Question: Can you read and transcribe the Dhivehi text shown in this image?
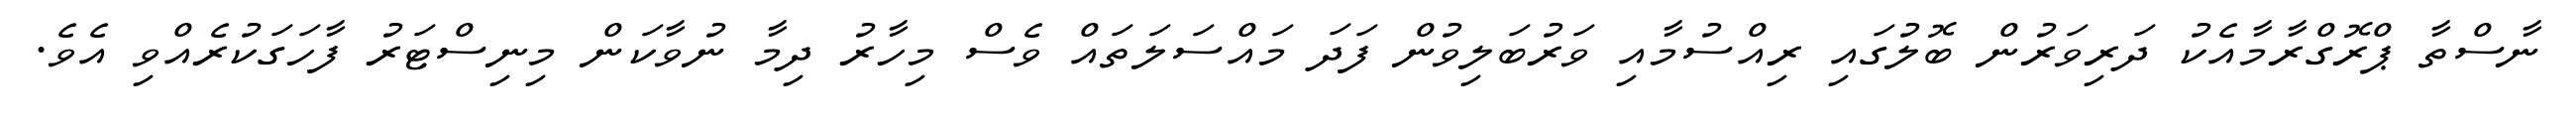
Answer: ނާސްތާ ޕްރޮގްރާމާއެކު ދަރިވަރުން ބޮލުގައި ރިއްސުމާއި ވަރުބަލިވުން ފަދަ މައްސަލަތައް ވެސް މިހާރު ދިމާ ނުވާކަން މިނިސްޓަރު ފާހަގަކުރެއްވި އެވެ.